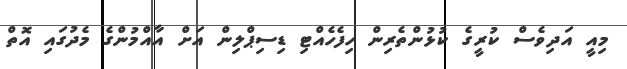
މިއީ އަދިވެސް ކުރީގެ ކުޅުންތެރިން ހިފެހެއްޓި ޑިސިޕްލިން އަށް އާއްމުންގެ މެދުގައި އޮތް